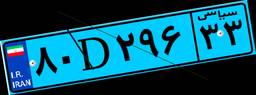
۷۸D۵۷۹۰۲